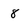
Character: 8